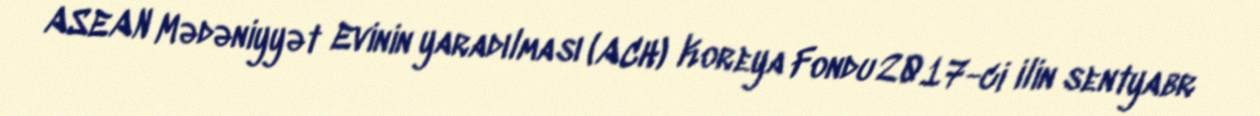
ASEAN Mədəniyyət Evinin yaradılması (ACH) Koreya Fondu 2017-ci ilin sentyabr